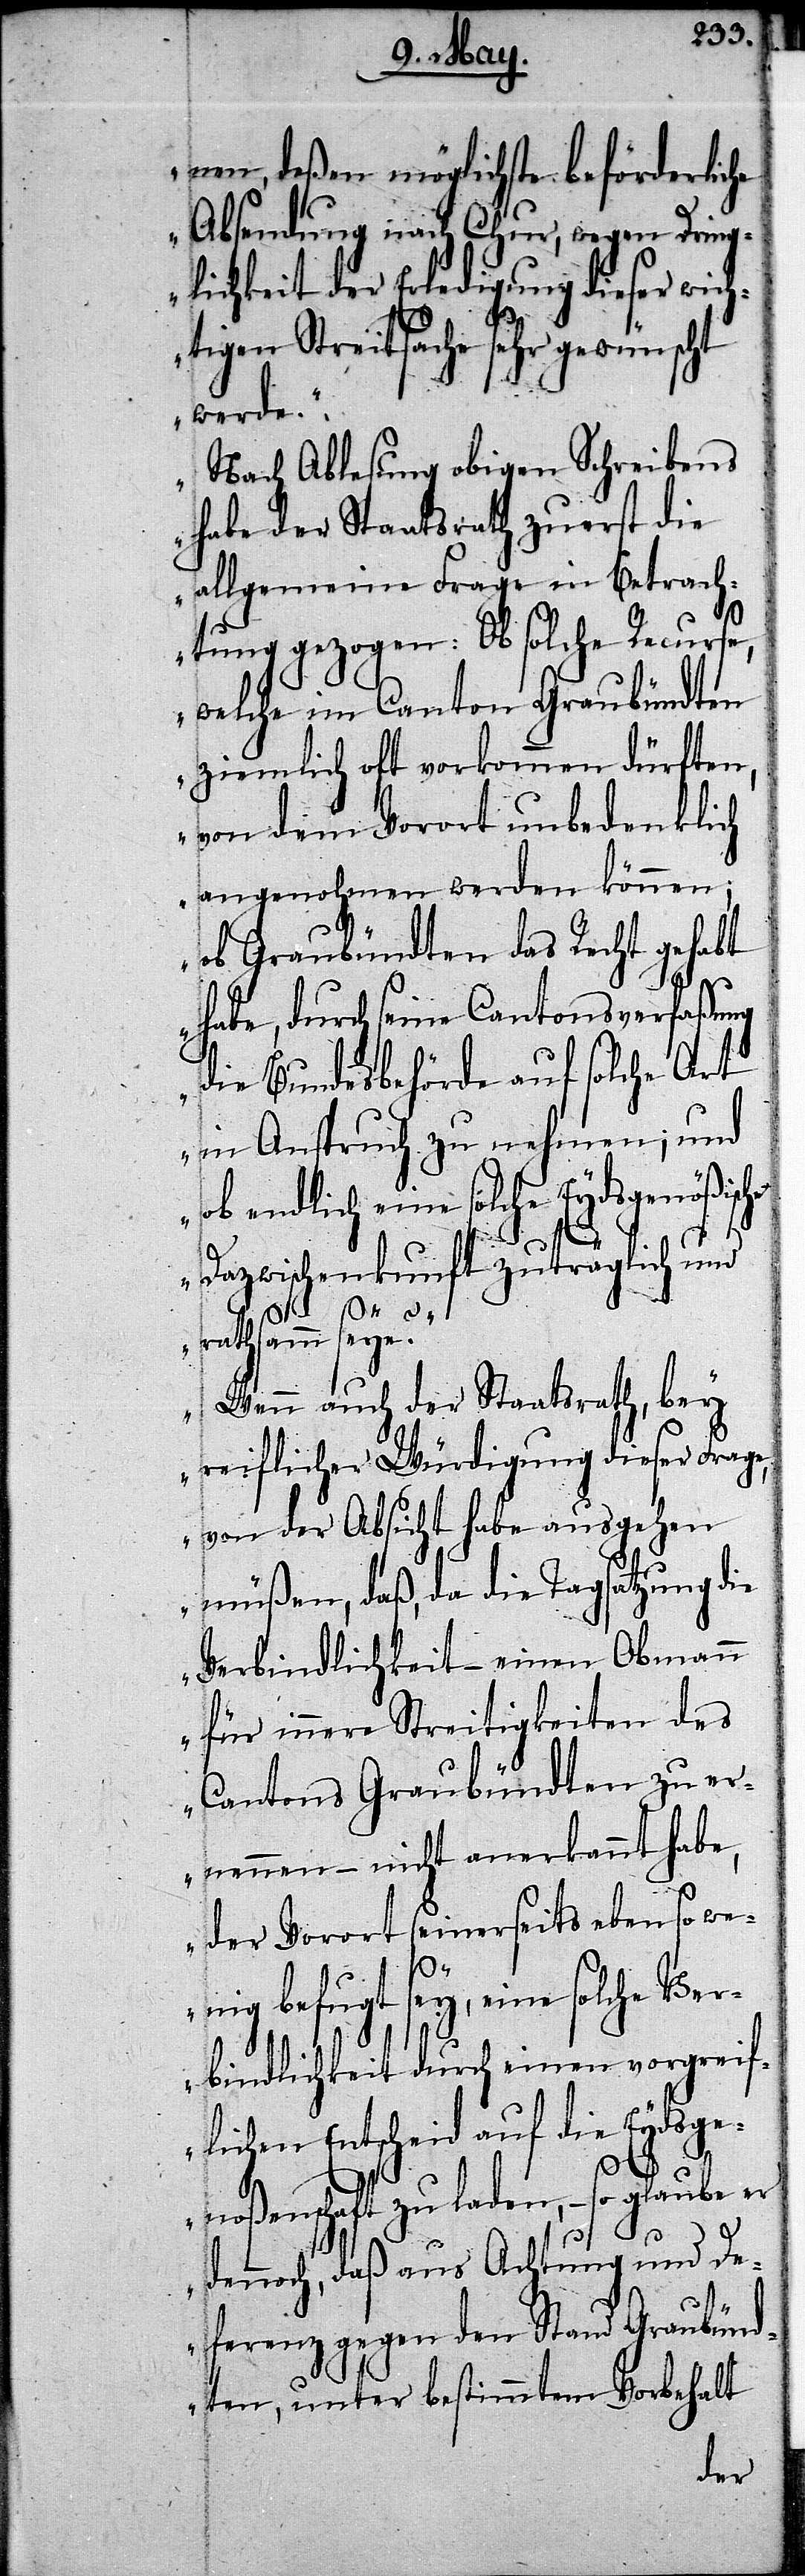
nen, deßen möglichste beförderliche
Absendung nach Chur, wegen Dring¬
lichkeit der Erledigung dieser wich¬
tigen Streitsache sehr gewünscht
werde.
Nach Ablesung obigen Schreibens
habe der Staatsrath zuerst die
allgemeine Frage in Betrach¬
tung gezogen: Ob solche Recurse,
welche im Canton Graubündten
ziemlich oft vorkommen dürften,
von dem Vorort unbedenklich
angenohmen werden können;
ob Graubündten das Recht gehabt
habe, durch seine Cantonsverfaßung
die Bundesbehörde auf solche Art
in Anspruch zu nehmen; und
ob endlich eine solche Eydsgenößische
Dazwischenkunft zuträglich und
rathsamm seye?
Wenn auch der Staatsrath, bey
reiflicher Würdigung dieser Frage,
von der Absicht habe ausgehen
müßen, daß, da die Tagsatzung die
Verbindlichkeit – einen Obmann
für innere Streitigkeiten des
Cantons Graubündten zu er¬
nennen – nicht anerkennt habe,
der Vorort seinerseits eben so w¬
enig befugt sey, eine solche Ver¬
bindlichkeit durch einen vorgreif¬
lichen Entscheid auf die Eydsge¬
noßenschaft zu laden, – so glaube er
dennoch, daß aus Achtung und De¬
ferenz gegen den Stand Graubünd¬
ten, unter bestimmtem Vorbehalt